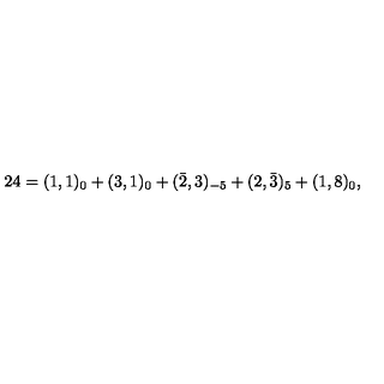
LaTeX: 2 4 = ( 1 , 1 ) _ { 0 } + ( 3 , 1 ) _ { 0 } + ( \bar { 2 } , 3 ) _ { - 5 } + ( 2 , \bar { 3 } ) _ { 5 } + ( 1 , 8 ) _ { 0 } ,